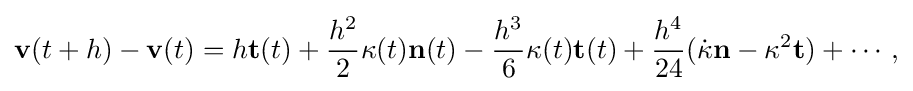
\displaystyle {\mathbf {v} (t+h)-\mathbf {v} (t)=h\mathbf {t} (t)+{h^{2} \over 2}\kappa (t)\mathbf {n} (t)-{h^{3} \over 6}\kappa (t)\mathbf {t} (t)+{h^{4} \over 24}({\dot {\kappa }}\mathbf {n} -\kappa ^{2}\mathbf {t} )+\cdots ,}